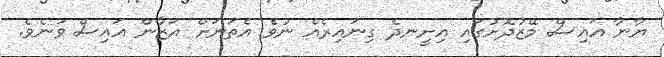
ޔާނާ އައިސް މޭޒުދޮށުގައި އިށީނދެ ގިނައިރެއް ނުވެ އެތަނަށް އަޒާން އައިސް ވަނެވެ.